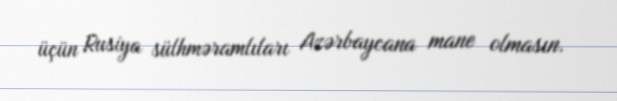
üçün Rusiya sülhməramlıları Azərbaycana mane olmasın.